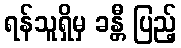
ရန်သူရှိမှ ခန္တီ ပြည့်